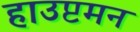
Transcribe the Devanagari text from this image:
हाउप्टमन